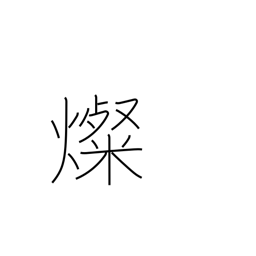
Meaning: brilliant